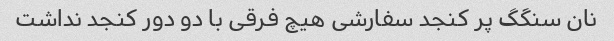
نان سنگگ پر کنجد سفارشی هیچ فرقی با دو دور کنجد نداشت